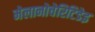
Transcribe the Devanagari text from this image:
मेलानोचेरिटिडेइ